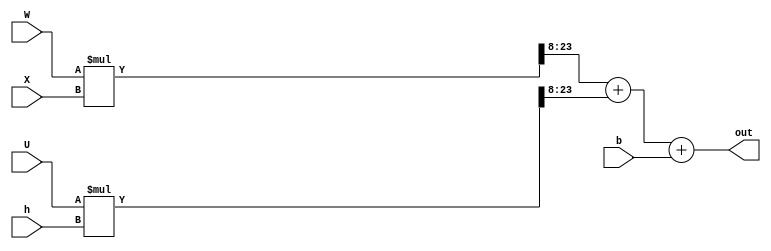
module twoMultAdd(W,X,U,h,b, out);	
	// incoming data signed and fixed width
	parameter DATA_WIDTH = 16;
	parameter FRACT_WIDTH = 8;
	
	input signed [DATA_WIDTH-1:0] W,X,U,h,b;
	output wire [DATA_WIDTH-1:0] out;
	
	
	// internal regs/wires
	wire [DATA_WIDTH+FRACT_WIDTH-1:0] p1,p2;
	
	// behavior: out = W*X + U*h + b
	assign p1 = (W*X)>>FRACT_WIDTH;
	assign p2 = (U*h)>>FRACT_WIDTH;
	assign out = p1 + p2 + b;

endmodule